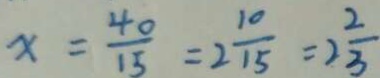
x = \frac { 4 0 } { 1 5 } = 2 \frac { 1 0 } { 1 5 } = 2 \frac { 2 } { 3 }